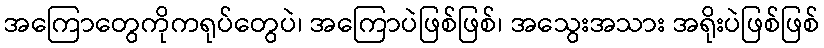
အကြောတွေကိုကရုပ်တွေပဲ၊ အကြောပဲဖြစ်ဖြစ်၊ အသွေးအသား အရိုးပဲဖြစ်ဖြစ်